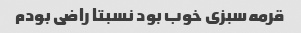
قرمه‌سبزی خوب بود نسبتا راضی بودم